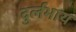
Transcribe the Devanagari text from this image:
दुर्लभाय